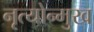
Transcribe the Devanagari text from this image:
नृत्योन्मुख